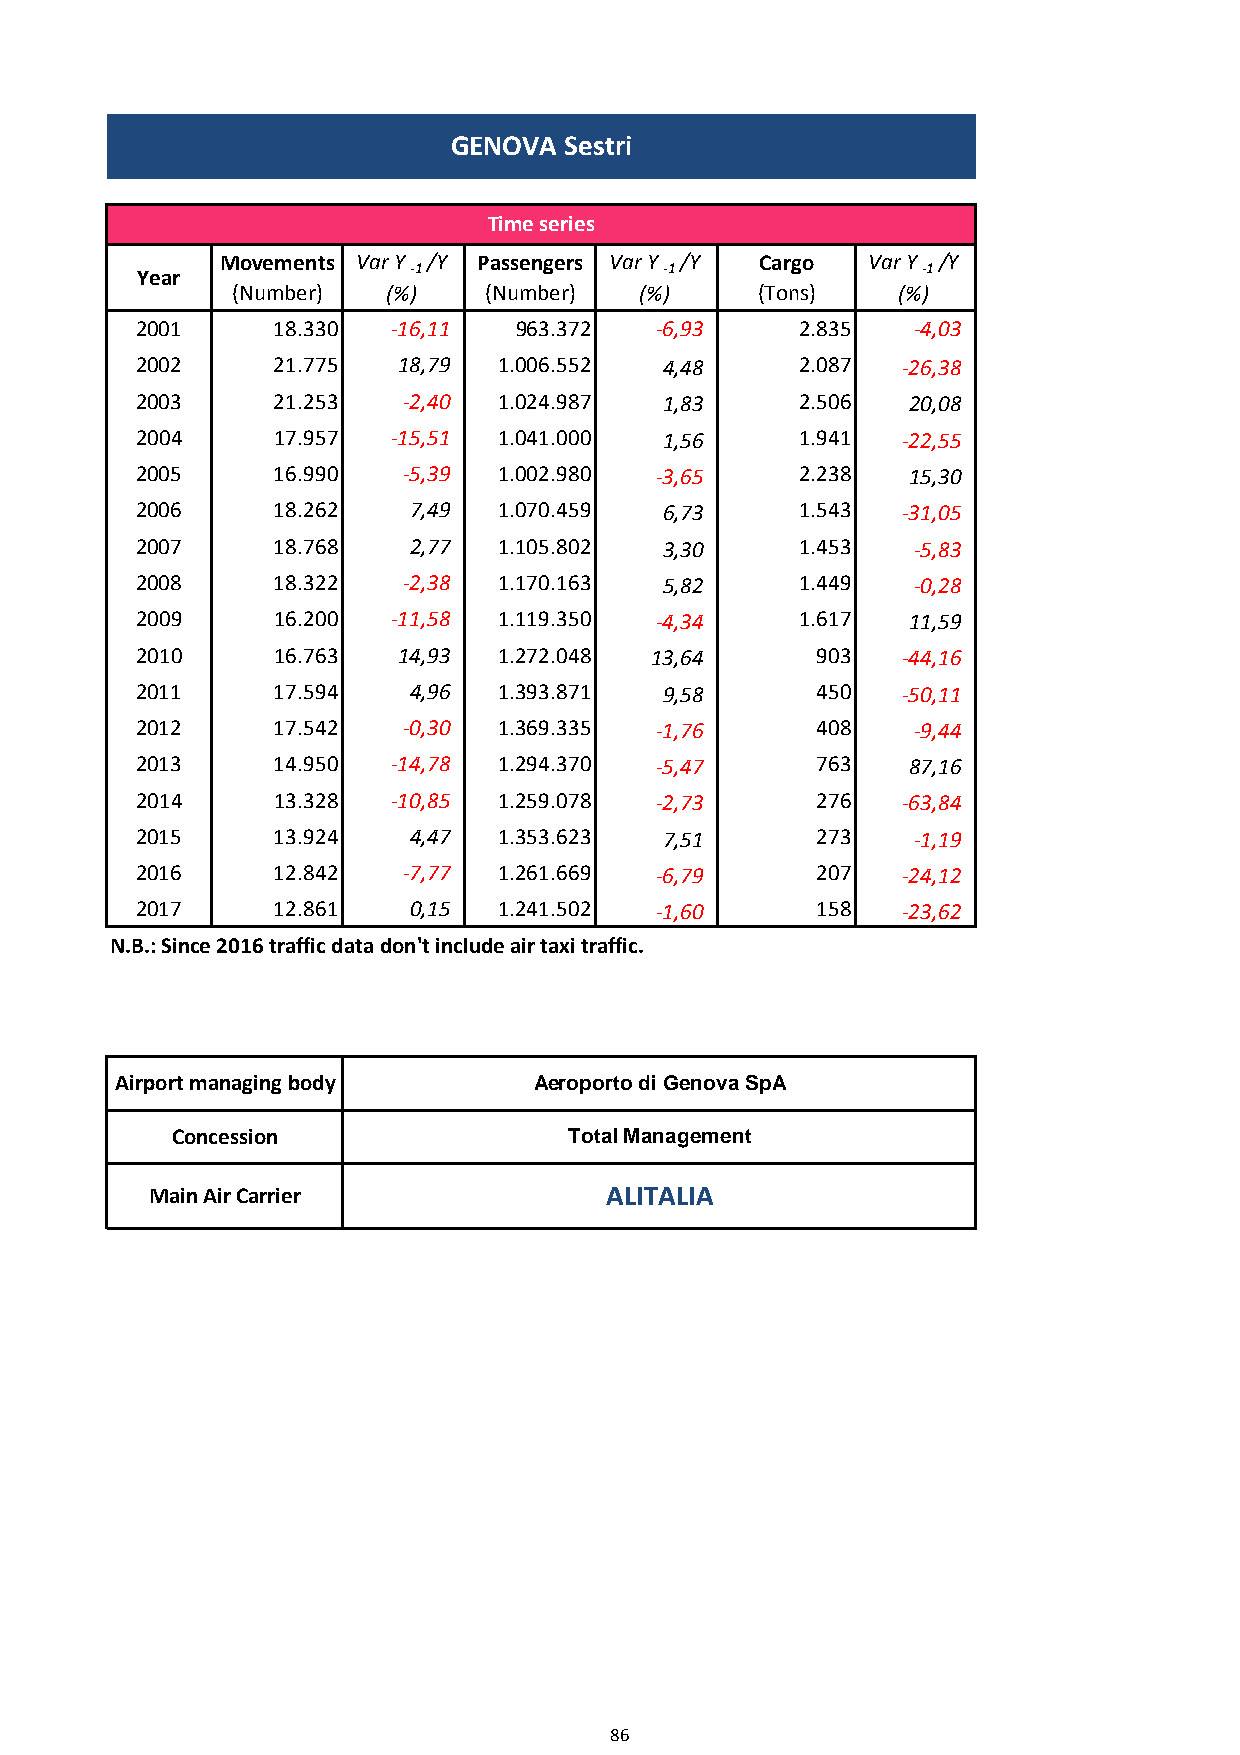
GENOVA Sestri
 Time series
 Movements Var Y /Y Passengers Var Y /Y Cargo Var Y /Y
 Year              -1               -1               -1
 (Number)   (%)   (Number)  (%)     (Tons)   (%)
 2001     18.330  -16,11  963.372  -6,93     2.835  -4,03
 2002     21.775  18,79  1.006.552  4,48     2.087  -26,38
 2003     21.253   -2,40 1.024.987  1,83     2.506  20,08
 2004     17.957  -15,51 1.041.000  1,56     1.941  -22,55
 2005     16.990   -5,39 1.002.980 -3,65     2.238  15,30
 2006     18.262   7,49  1.070.459  6,73     1.543  -31,05
 2007     18.768   2,77  1.105.802  3,30     1.453  -5,83
 2008     18.322   -2,38 1.170.163  5,82     1.449  -0,28
 2009     16.200  -11,58 1.119.350 -4,34     1.617  11,59
 2010     16.763  14,93  1.272.048 13,64      903   -44,16
 2011     17.594   4,96  1.393.871  9,58      450   -50,11
 2012     17.542   -0,30 1.369.335 -1,76      408   -9,44
 2013     14.950  -14,78 1.294.370 -5,47      763   87,16
 2014     13.328  -10,85 1.259.078 -2,73      276   -63,84
 2015     13.924   4,47  1.353.623  7,51      273   -1,19
 2016     12.842   -7,77 1.261.669 -6,79      207   -24,12
 2017     12.861   0,15  1.241.502 -1,60      158   -23,62
 N.B.: Since 2016 traffic data don't include air taxi traffic.
 Airport managing body      Aeroporto di Genova SpA
 Concession                 Total Management
 Main Air Carrier              ALITALIA
 86